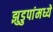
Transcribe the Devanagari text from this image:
झुडुपांमध्ये